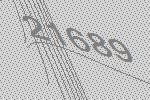
21689